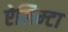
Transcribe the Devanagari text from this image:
ऐलिम्टा